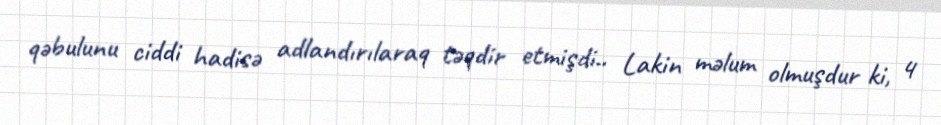
qəbulunu ciddi hadisə adlandırılaraq təqdir etmişdi.. Lakin məlum olmuşdur ki, 4